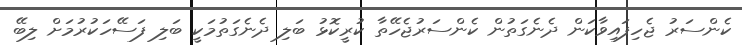
ކެންސަރު ޖެހިފައިވާކަން ދެނެގަތުން ކެންސަރުޖެހޭތާ ކުރީކޮޅު ބަލި ދެނެގަތުމަކީ ބަލި ފަސޭހަކުރުމަށް ލިބޭ